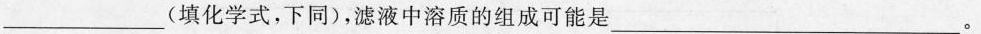
___(填化学式，下同)，滤液中溶质的组成可能是___。